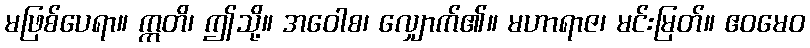
မဖြစ်ပေရာ။ ဣတိ၊ ဤသို့။ အဝေါစ၊ လျှောက်၏။ မဟာရာဇ၊ မင်းမြတ်။ ဧဝမေဝ